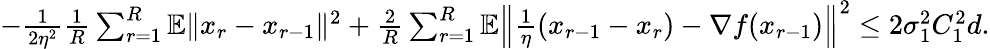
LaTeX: \begin{array}{r}{-\frac{1}{2\eta^{2}}\frac{1}{R}\sum_{r=1}^{R}\mathbb{E}\| x_{r}-x_{r-1}\| ^{2}+\frac{2}{R}\sum_{r=1}^{R}\mathbb{E}\left\| \frac{1}{\eta}(x_{r-1}-x_{r})-\nabla f(x_{r-1})\right\| ^{2}\leq 2\sigma_{1}^{2}C_{1}^{2}d.}\end{array}